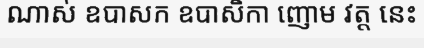
ណាស់ ឧបាសក ឧបាសិកា ញោម វត្ត នេះ